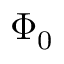
\Phi _ { 0 }